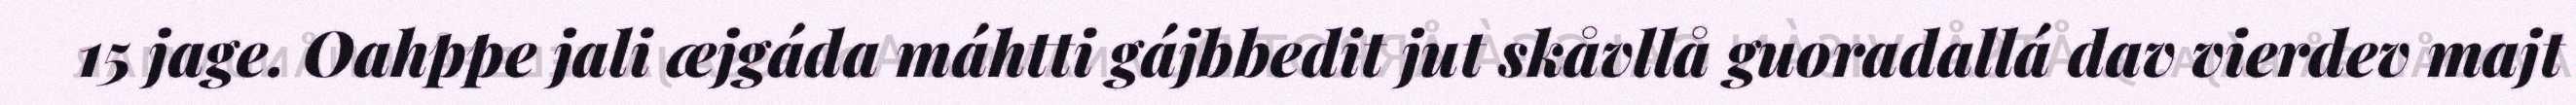
15 jage. Oahppe jali æjgáda máhtti gájbbedit jut skåvllå guoradallá dav vierdev majt